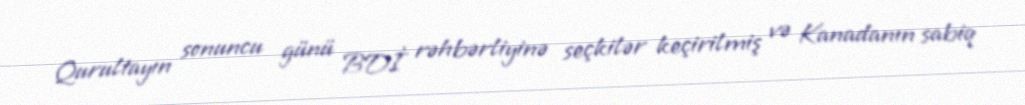
Qurultayın sonuncu günü BDİ rəhbərliyinə seçkilər keçirilmiş və Kanadanın sabiq